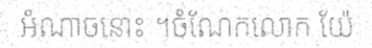
អំណាចនោះ ។ចំណែកលោក យ៉ែ